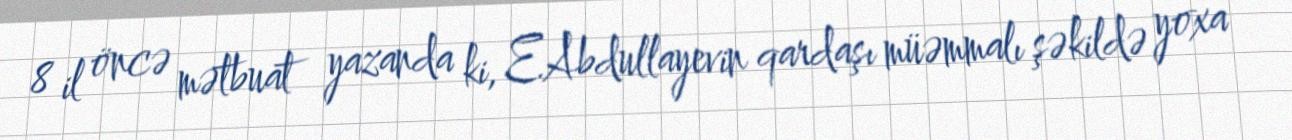
8 il öncə mətbuat yazanda ki, E.Abdullayevin qardaşı müəmmalı şəkildə yoxa